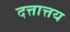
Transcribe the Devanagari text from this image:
दत्तात्तय